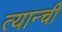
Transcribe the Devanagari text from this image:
त्यान्ची